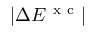
| \Delta E ^ { \mathrm { ~ x ~ c ~ } } |